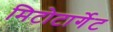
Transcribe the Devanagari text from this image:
मिटोटार्गेट